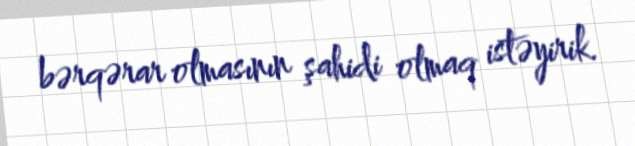
bərqərar olmasının şahidi olmaq istəyirik.